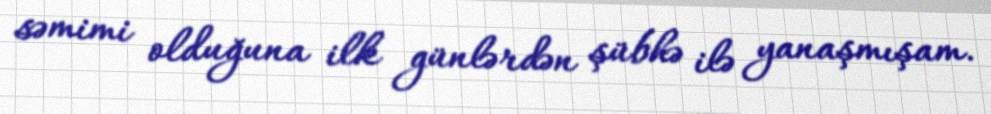
səmimi olduğuna ilk günlərdən şübhə ilə yanaşmışam.